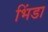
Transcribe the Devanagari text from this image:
भिंडा